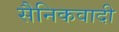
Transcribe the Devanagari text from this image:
सैनिकवादी